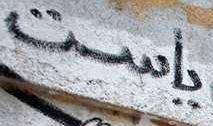
ياست